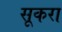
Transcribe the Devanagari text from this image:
सूकरा